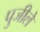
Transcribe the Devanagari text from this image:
पुजीले